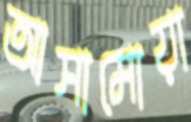
আসামোয়া